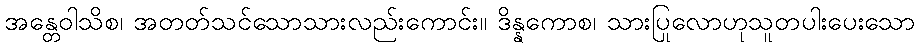
အန္တေဝါသိစ၊ အတတ်သင်သောသားလည်းကောင်း။ ဒိန္နကောစ၊ သားပြုလောဟုသူတပါးပေးသော